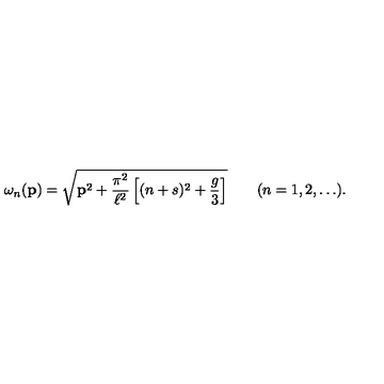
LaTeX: \omega _ { n } ( { \bf p } ) = \sqrt { { \bf p } ^ { 2 } + \frac { \pi ^ { 2 } } { \ell ^ { 2 } } \left[ ( n + s ) ^ { 2 } + \frac { g } { 3 } \right] } \qquad ( n = 1 , 2 , \ldots ) .